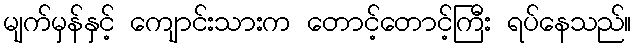
မျက်မှန်နှင့် ကျောင်းသားက တောင့်တောင့်ကြီး ရပ်နေသည်။